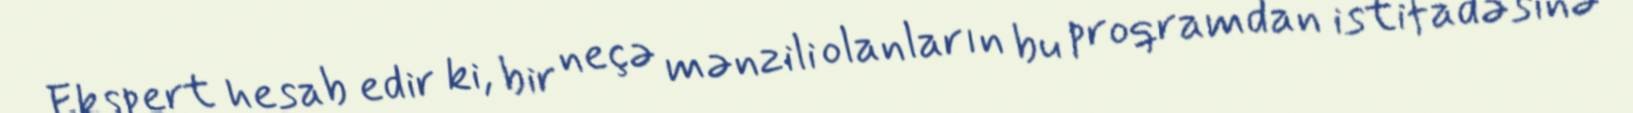
Ekspert hesab edir ki, bir neçə mənzili olanların bu proqramdan istifadəsinə